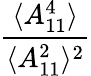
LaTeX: \frac{\langle A_{11}^{4}\rangle}{\langle A_{11}^{2}\rangle^{2}}